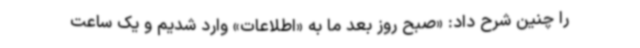
را چنین شرح داد: «صبح روز بعد ما به «اطلاعات» وارد شدیم و یک ساعت